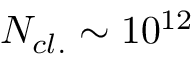
N _ { c l . } \sim 1 0 ^ { 1 2 }